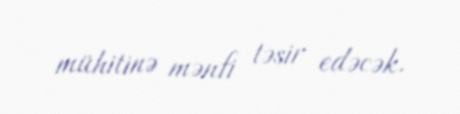
mühitinə mənfi təsir edəcək.